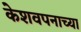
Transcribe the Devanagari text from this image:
केशवपनाच्या